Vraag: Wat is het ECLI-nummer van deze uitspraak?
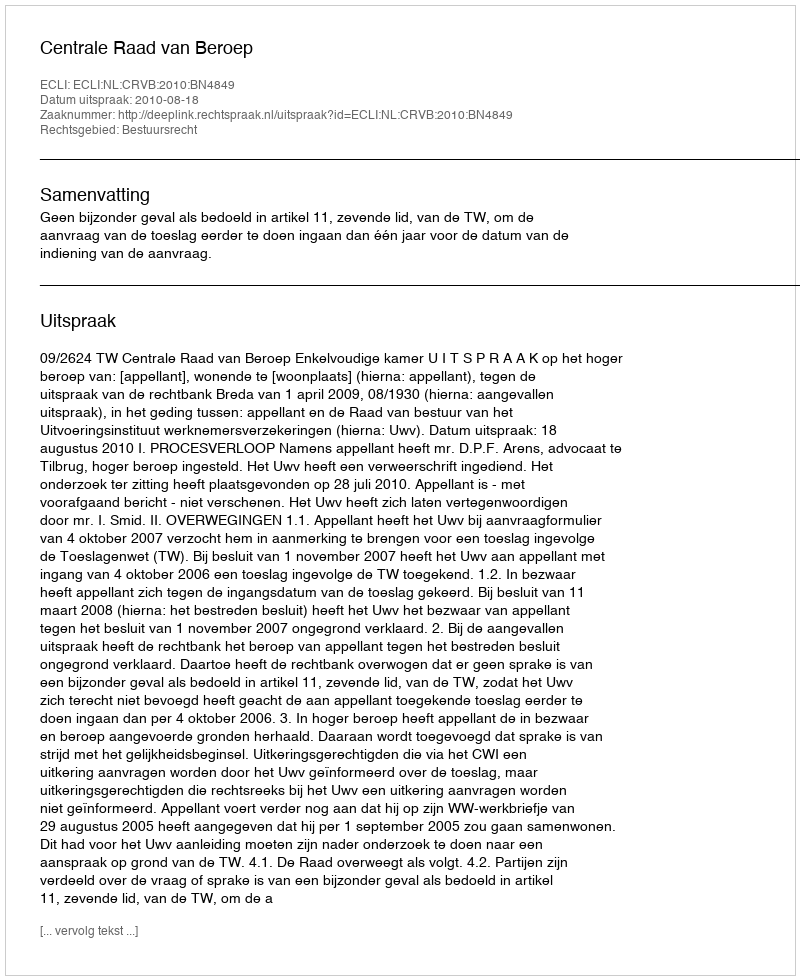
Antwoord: ECLI:NL:CRVB:2010:BN4849